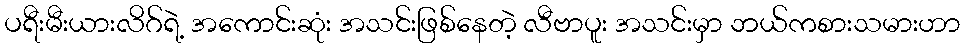
ပရီးမီးယားလိဂ်ရဲ့ အကောင်းဆုံး အသင်းဖြစ်နေတဲ့ လီဗာပူး အသင်းမှာ ဘယ်ကစားသမားဟာ